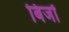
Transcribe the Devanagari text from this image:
बिजों